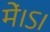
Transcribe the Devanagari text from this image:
में।ऽ।